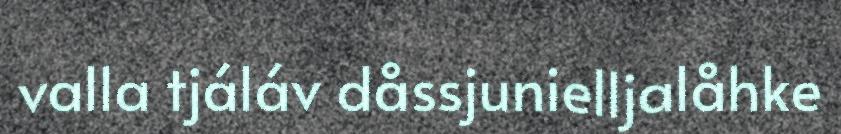
valla tjáláv dåssjunielljalåhke